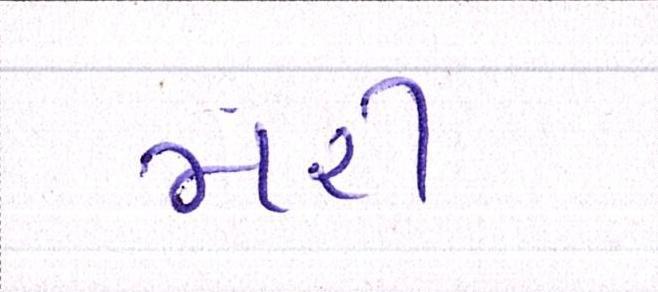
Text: મરી